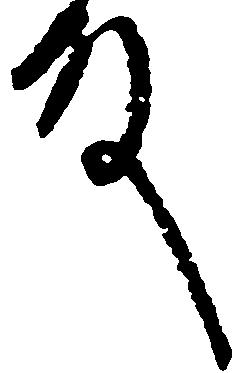
殿